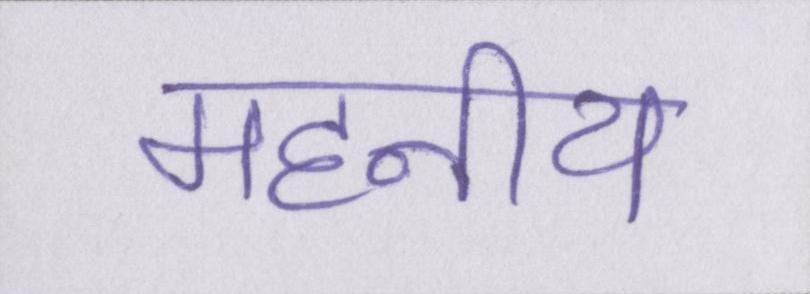
महनीय